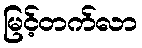
မြင့်တက်လာ